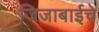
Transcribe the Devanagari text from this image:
जिजाबाईचे